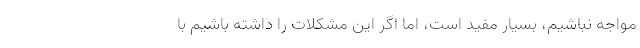
مواجه نباشیم، بسیار مفید است، اما اگر این مشکلات را داشته باشیم با